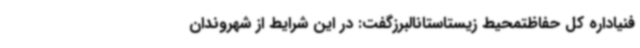
فنیاداره کل حفاظتمحیط‌ زیستاستانالبرزگفت: در این شرایط از شهروندان